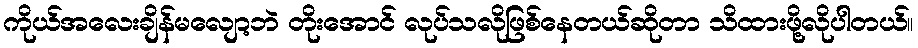
ကိုယ်အလေးချိန်မလျော့ဘဲ တိုးအောင် လုပ်သလိုဖြစ်နေတယ်ဆိုတာ သိထားဖို့လိုပါတယ်။